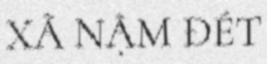
XÃ NẬM ĐÉT